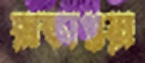
রাঙ্কাগুয়া